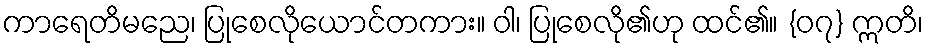
ကာရေတိမညေ၊ ပြုစေလိုယောင်တကား။ ဝါ၊ ပြုစေလို၏ဟု ထင်၏။ {၀၇} ဣတိ၊